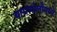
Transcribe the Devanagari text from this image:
बामणोलीमध्ये